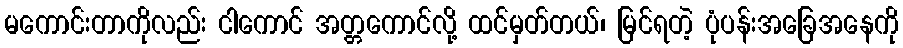
မကောင်းတာကိုလည်း ငါကောင် အတ္တကောင်လို့ ထင်မှတ်တယ်၊ မြင်ရတဲ့ ပုံပန်းအခြေအနေကို